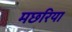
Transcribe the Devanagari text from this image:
मछरिया